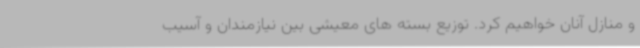
و منازل آنان خواهیم کرد. توزیع بسته های معیشی بین نیازمندان و آسیب